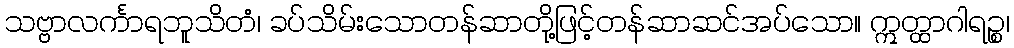
သဗ္ဗာလင်္ကာရဘူသိတံ၊ ခပ်သိမ်းသောတန်ဆာတို့ဖြင့်တန်ဆာဆင်အပ်သော။ ဣတ္ထာဂါရဉ္စ၊